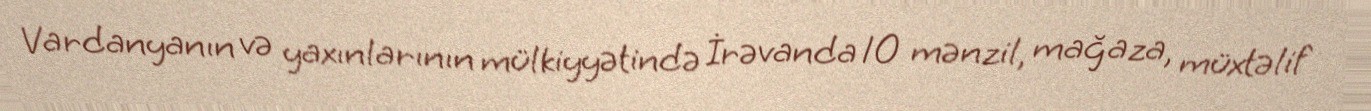
Vardanyanın və yaxınlarının mülkiyyətində İrəvanda 10 mənzil, mağaza, müxtəlif